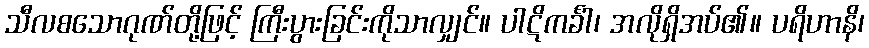
သီလစသောဂုဏ်တို့ဖြင့် ကြီးပွားခြင်းကိုသာလျှင်။ ပါဋိကင်္ခါ၊ အလိုရှိအပ်၏။ ပရိဟာနိ၊